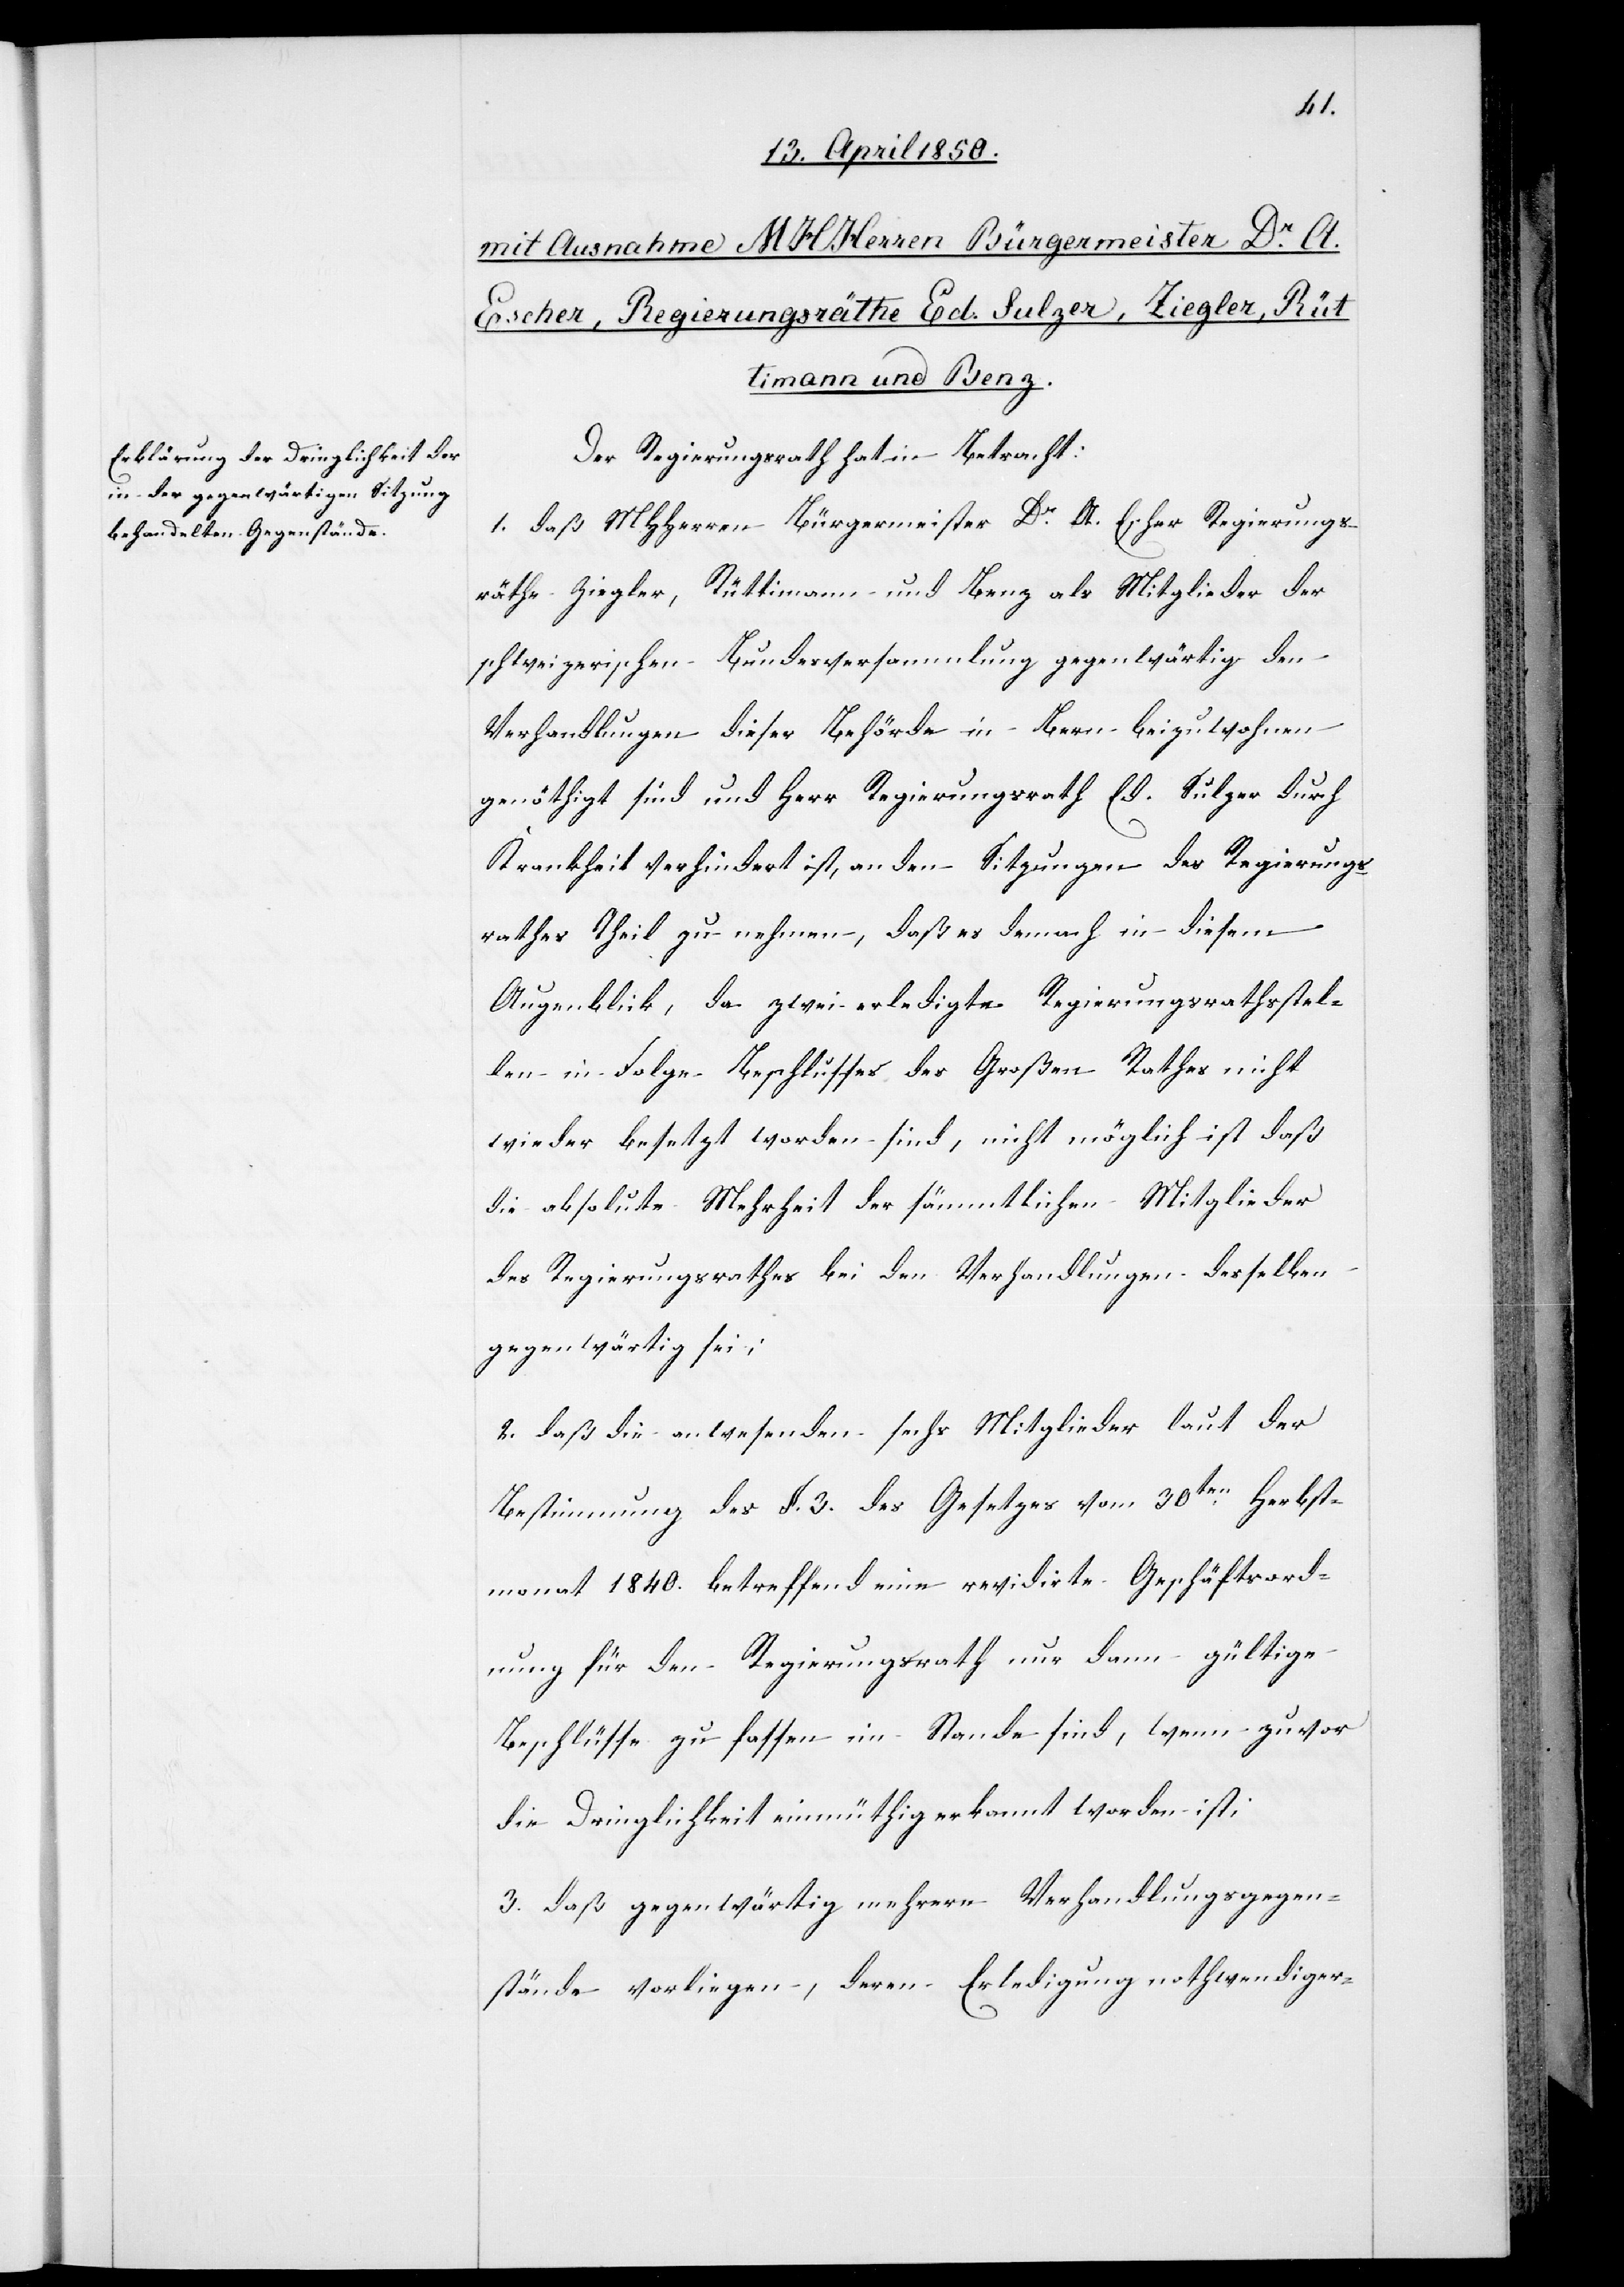
Der Regierungsrath hat in Betracht:
1. daß MHHerren Bürgermeister Dr A. Escher[,] Regierungs¬
räthe Ziegler, Rüttimann und Benz als Mitglieder der
schweizerischen Bundesversammlung gegenwärtig den
Verhandlungen dieser Behörde in Bern beizuwohnen
genöthigt sind und Herr Regierungsrath Ed. Sulzer durch
Krankheit verhindert ist, an den Sitzungen des Regierungs¬
rathes Theil zu nehmen, daß es demnach in diesem
Augenblick, da zwei erledigte Regierungsrathsstel¬
len in Folge Beschlusses des Großen Rathes nicht
wieder besetzt worden sind, nicht möglich ist daß
die absolute Mehrheit der sämmtlichen Mitglieder
des Regierungsrathes bei den Verhandlungen desselben
gegenwärtig sei;
2. daß die anwesenden sechs Mitglieder laut der
Bestimmung des §. 3. des Gesetzes vom 30ten Herbst¬
monat 1840. betreffend eine revidirte Geschäftsord¬
nung für den Regierungsrath nur dann gültige
Beschlüsse zu fassen im Stande sind, wenn zuvor
die Dringlichkeit einmüthig erkannt worden ist,
3. daß gegenwärtig mehrere Verhandlungsgegen¬
stände vorliegen, deren Erledigung nothwendiger-